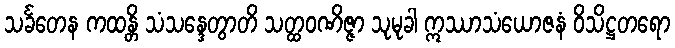
သင်္ခတေန ကထန္တိ သံသန္ဒေတွာတိ သတ္ထဝဏိဇ္ဇာ သုမုခါ ဣဿာသံယောဇနံ ဝိသိဋ္ဌတရော